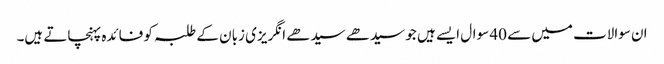
ان سوالات میں سے 40 سوال ایسے ہیں جو سیدھے سیدھے انگریزی زبان کے طلبہ کو فائدہ پہنچاتے ہیں۔